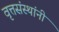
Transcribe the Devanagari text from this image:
वृत्तसंस्थांनी